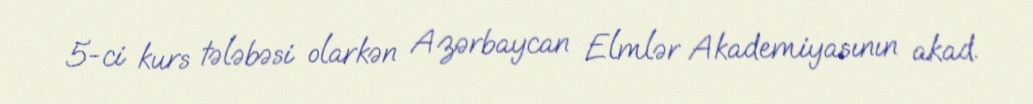
5-ci kurs tələbəsi olarkən Azərbaycan Elmlər Akademiyasının akad.